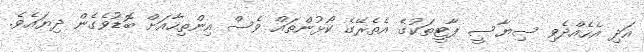
އަދި އެހެއްދެވި ސިޔާސީ ޕާޓީތަކުގެ އެތެރޭގެ ކޯޅުންތައް ވެސް އިންތިހާއަށް ބޮޑުވެގެން ދިޔައެވެ.